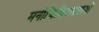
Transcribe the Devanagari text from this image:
मनोचिकित्सालयों